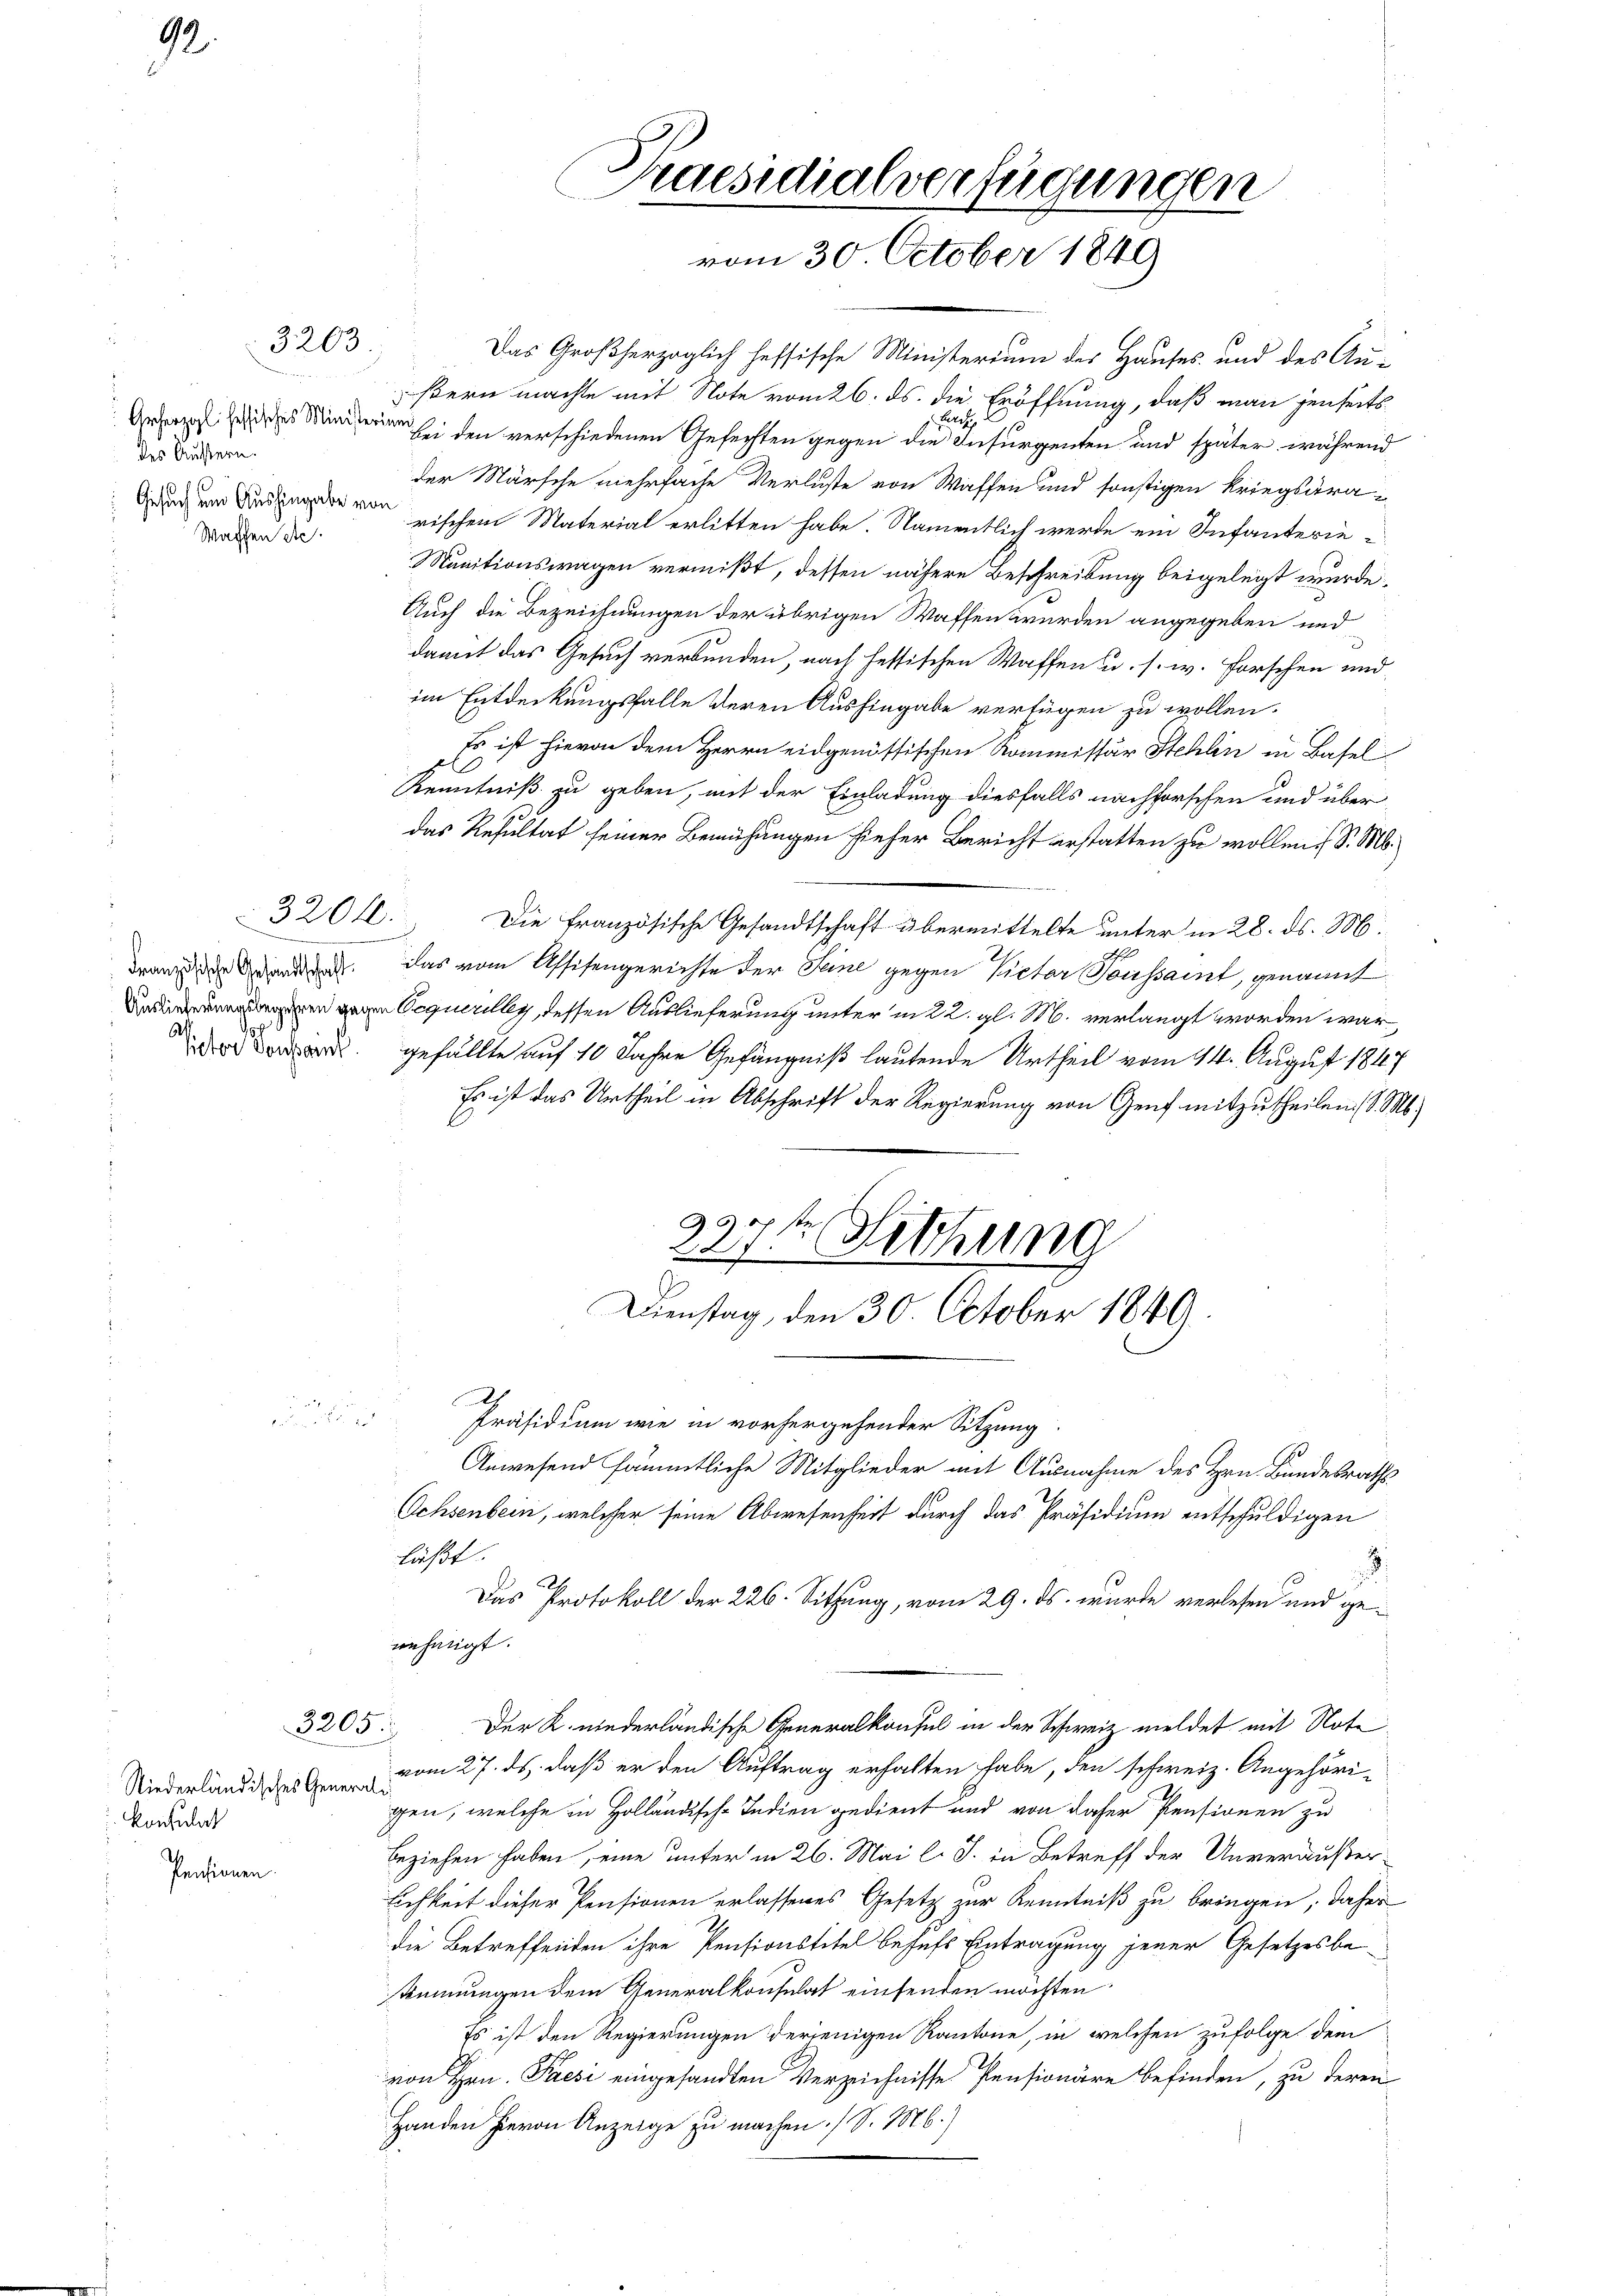
92.

des Äussern.

3203.

Waffen etc.

3201.

3205.

Niederländisches General-
konsulich
Pensionen.

Das Großherzoglich heffische Ministerium des Hauses und des Au-
ßern machte mit Note vom 26. ds. die Eröffnung, daß man jenseits
Gesagt Ei den verschiedenen Gefechten gegen die Infurgenten und später während
der Märsche mehrfache Verluste von Waffen und sonstigen Kriegsranischen Material erlitten habe. Namentlich werde ein Infanterie¬
Munitionswagen vermißt, dessen nähere Beschreibung beigelegt wurde.
Auch die Bezeichnungen der übrigen Waffen werden angegeben und
damit das Gesuch verbunden, nach festischen Waffen u. s. w. Forschen und
im Entdeckungsfalle deren Aushingabe verfügen zu wollen.
Es ist hievon dem Herrn eidgenössischen Kommissär Stehlin in Basel
Kenntniß zu geben, mit der Einladung diesfalls nachforschen und über
das Resultat seiner Bemühungen sieher Bericht erstatten zu wollen, S. M.
Die französische Gesandtschaft übermittelte unter in 28. ds. M.
drang der anden. Das vom Assisengerichte der Seine gegen Peter Toussaint, genannt
Oequerelley, dessen Auslieferung unter in 22. gl. M. verlangt worden war,
d oder gefällte auf 10 Jahre Gefängniß lautende Urtheil vom 14. August 1847
Es ist das Urtheil in Abschrift der Regierung von Genf mitzutheilen d. Ms.
Sitzung
227.
Dienstag, den 30 October 1840
i
Präsidium wie in vorhergehender Sitzung
Anwesend sämmtliche Mitglieder mit Ausnahme des Hrn. Bundesraths
Ochsenbein, welcher seine Abwesenheit durch das Präsidium entschuldigen
läßt.
.
Das Protokoll der 226. Sitzung, vom 29. ds. wurde verlesen und genehmigt.
Der K. niederländische Generalkonsul in der Schweiz meldet mit Note
vom 27. ds. daß er den Auftrag erhalten habe, den schweiz. Angehöri-
gen, welche in Holländische Indien gedient und von daher Pensionen zu
beziehen haben, eine unter in 26. Mai l. J. in Betreff der Unveräußer-
lichkeit dieser Pensionen erlassenes Gesetz zur Kenntniß zu bringen, daher
die Betreffenden ihre Pensionstitel behufs Eintragung jener Gesetzesbestimmungen dem Generalkonsulat einsenden möchten
Es ist den Regierungen derjenigen Kantone, in welchen zufolge dem
von Hrn. Praesi eingesandten Verzeichnisse Pensionäre befinden, zu deren
Handen hievon Anzeige zu machen. (S. 1886.)

Praesidialverfügungen
vom 30. October 1849